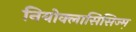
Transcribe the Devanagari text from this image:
नियोक्लासिसिज्म़